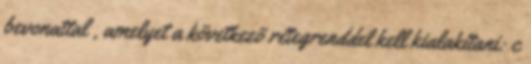
bevonattal , amelyet a következõ rétegrenddel kell kialakítani: c